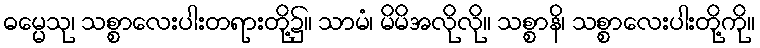
ဓမ္မေသု၊ သစ္စာလေးပါးတရားတို့၌။ သာမံ၊ မိမိအလိုလို။ သစ္စာနိ၊ သစ္စာလေးပါးတို့ကို။